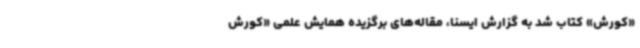
«کورش» کتاب شد به گزارش ایسنا، مقاله‌های برگزیده همایش علمی «کورش